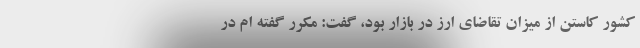
کشور کاستن از میزان تقاضای ارز در بازار بود، گفت: مکرر گفته ام در